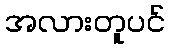
အလားတူပင်